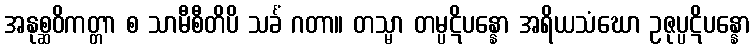
အနုစ္ဆဝိကတ္တာ စ သာမီစီတိပိ သင်္ခံ ဂတာ။ တသ္မာ တမ္ပဋိပန္နော အရိယသံဃော ဥဇုပ္ပဋိပန္နော